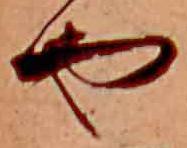
や